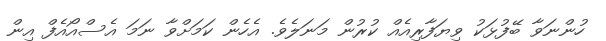
ހުންނަވާ ބޭފުޅަކު ވިޔަފާރިއެއް ކުރުން މަނަލެވެ. އެހެން ކަމަށްވާ ނަމަ އެސްއޯއެފް އިން